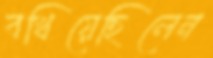
বখিয়েছিলেন